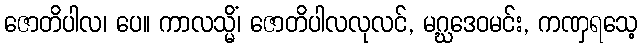
ဇောတိပါလ၊ ပေ။ ကာလသ္မိံ၊ ဇောတိပါလလုလင်, မဂ္ဃဒေဝမင်း, ကဏှရသေ့